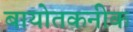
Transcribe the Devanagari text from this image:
बायोतकनीक